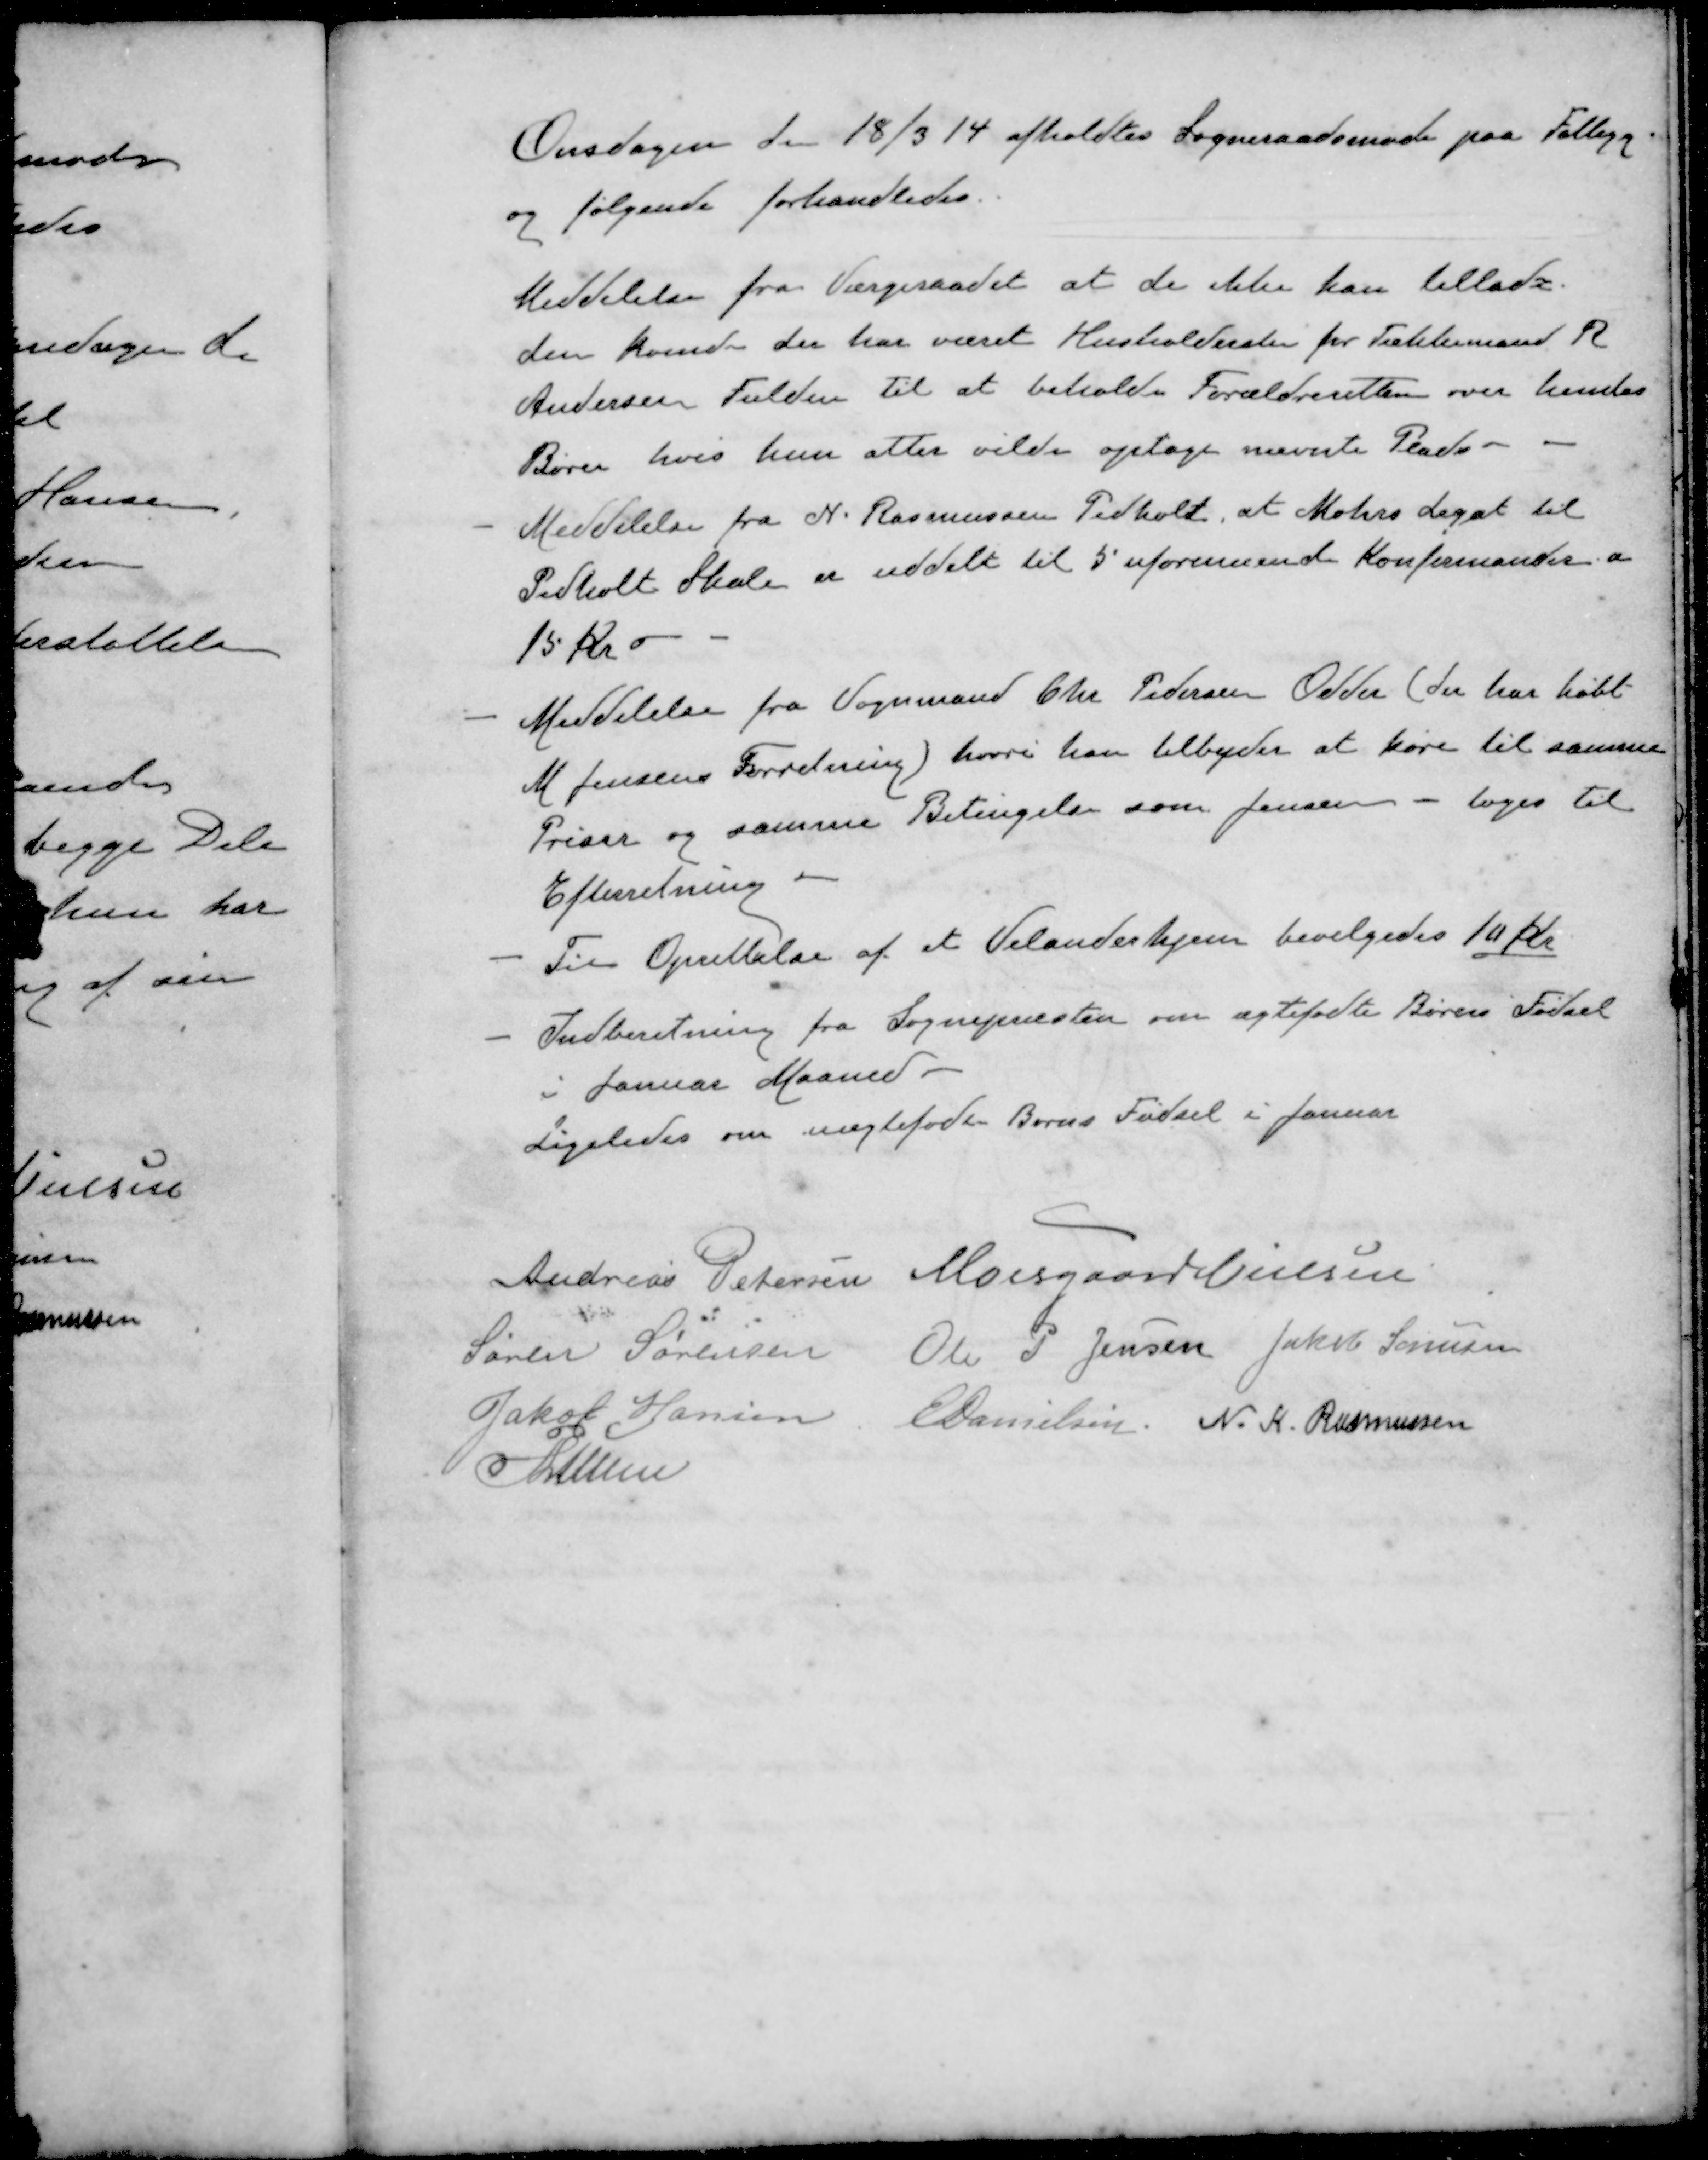
Transskription:
Onsdagen den 18/3 14 afholdtes Sogneraadsmøde paa Fattigg
og følgende forhandledes.
Meddelelse fra Værgeraadet at de ikke kan tillade.
den kvinde der har været Husholderske for Tækkemand R
Andersen Fulden til at beholde Forældreretten over hendes
Børn hvis hun atter vilde optage nævnte Plads
- Meddelelse fra N. Rasmussen Pedholt, at Mohrs Legat til
Pedholt Skole er uddelt til 5 uformuende Konfirmander a
15 Kr.
- Meddelelse fra Vognmand Chr Pedersen Odder (der har købt
M Jensens Forretning) hvori han tilbyder at køre til samme
Priser og samme Betingelse som Jensen - toges til
Efterretning 
-Til Oprettelse af et Velanderhjem bevilgedes 10 Kr
- Indberetning fra Sognepræsten om ægtefødte Børns Fødsel
i Januar Maaned
Ligeledes om uægtefødte Børns Fødsel i Januar
Andreas Petersen
Moesgaard Nielsen
Søren Sørensen
Ole P Jensen
Jakob Sørensen
Jakob Hansen
E Danielsen
N. K. Rasmussen
P Lunn